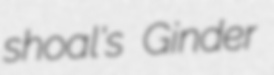
shoal's Ginder